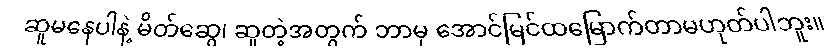
ဆူမနေပါနဲ့ မိတ်ဆွေ၊ ဆူတဲ့အတွက် ဘာမှ အောင်မြင်ထမြောက်တာမဟုတ်ပါဘူး။